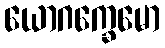
ယောဂက္ခေမော